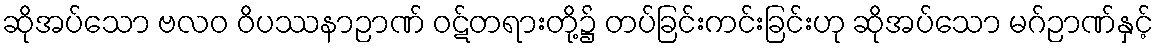
ဆိုအပ်သော ဗလဝ ဝိပဿနာဉာဏ် ဝဋ်တရားတို့၌ တပ်ခြင်းကင်းခြင်းဟု ဆိုအပ်သော မဂ်ဉာဏ်နှင့်